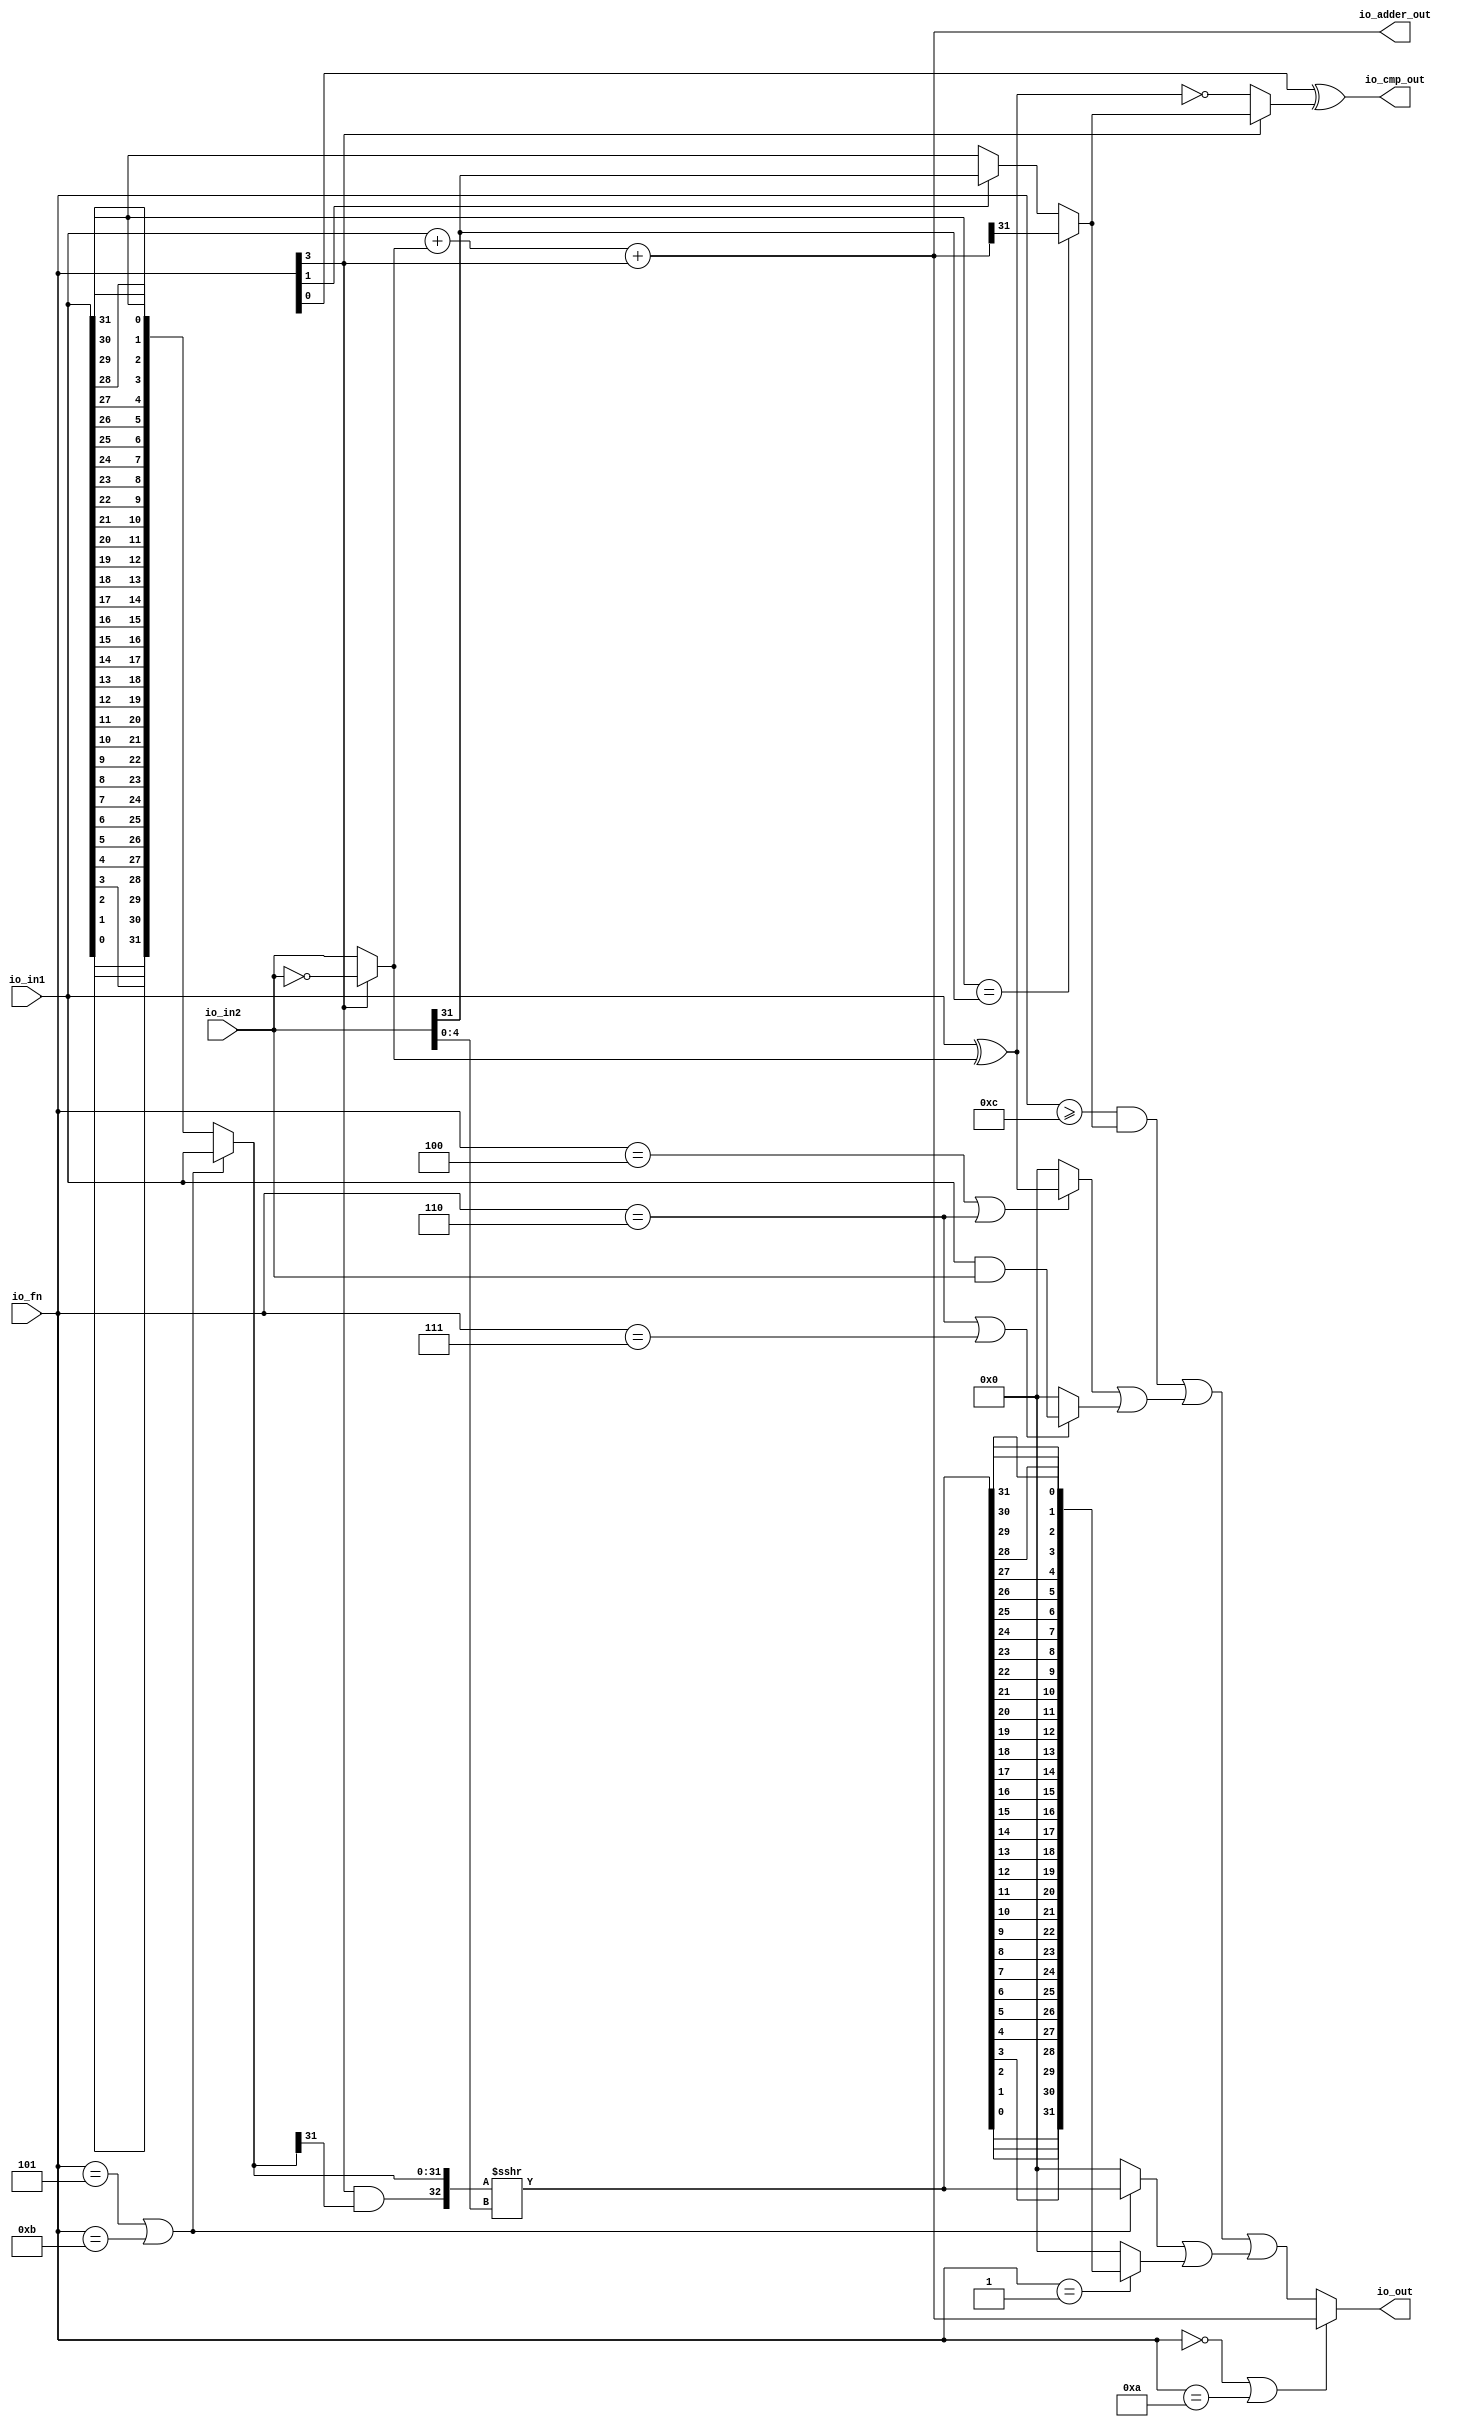
module ALU( 
  input  [3:0]  io_fn, 
  input  [31:0] io_in2,
  input  [31:0] io_in1,
  output [31:0] io_out,
  output [31:0] io_adder_out,
  output        io_cmp_out
);

`define FN_ADD  	0
`define FN_SL   	1
`define FN_SEQ  	2
`define FN_SNE  	3
`define FN_XOR  	4
`define FN_SR   	5
`define FN_OR   	6
`define FN_AND  	7
`define FN_SUB  	10
`define FN_SRA  	11
`define FN_SLT  	12
`define FN_SGE  	13
`define FN_SLTU 	14
`define FN_SGEU 	15

`define FN_DIV  	FN_XOR
`define FN_DIVU 	FN_SR
`define FN_REM  	FN_OR
`define FN_REMU 	FN_AND

`define FN_MUL    	FN_ADD
`define FN_MULH   	FN_SL
`define FN_MULHSU 	FN_SEQ
`define FN_MULHU  	FN_SNE

wire isSub = io_fn[3];
wire isCmp = io_fn >= `FN_SLT;
wire cmpUnsigned = io_fn[1];
wire cmpInverted = io_fn[0];
wire cmpEq = !io_fn[3];

// ADD, SUB
wire [31:0] in2_inv = (isSub) ? ~io_in2 : io_in2;
wire [31:0] adder_temp = io_in1 + in2_inv;
assign io_adder_out = adder_temp + {31'h00, isSub};

// SLT, SLTU
wire slt = (io_in1[31] == io_in2[31]) ? io_adder_out[31]
	: (cmpUnsigned) ? io_in2[31]
	: io_in1[31];
wire [31:0] in1_xor_in2 = io_in1 ^ in2_inv;
wire cmp_temp = (cmpEq) ? (in1_xor_in2 == 32'h00) : slt;
assign io_cmp_out = cmpInverted ^ cmp_temp;

// SLL, SRL, SRA
wire [4:0] shamt = io_in2[4:0];

function [31:0] reverse;
	input [31:0] in;
	reg [31:0] out;
	integer i;
	begin
		for (i = 0; i < 32; i = i + 1) begin
			out[31 - i] = in[i];
		end
	reverse = out;
	end
endfunction

wire [31:0] io_in1_rev = reverse(io_in1);
wire [31:0] shin = (io_fn == `FN_SR | io_fn == `FN_SRA) ? io_in1 : io_in1_rev;
wire [32:0] shin_cat = {isSub & shin[31], shin};
wire [32:0] shin_cat_sign = $signed(shin_cat);
wire [32:0] shin_cat_shift = $signed(shin_cat_sign) >>> shamt;
wire [31:0] shout_r = shin_cat_shift[31:0];
wire [31:0] shout_l = reverse(shout_r);
wire [31:0] shout_temp1 = (io_fn == `FN_SR | io_fn == `FN_SRA) ? shout_r : 32'h00;
wire [31:0] shout_temp2 = (io_fn == `FN_SL) ? shout_l : 32'h00;
wire [31:0] shout = shout_temp1 | shout_temp2;

// AND, OR, XOR
wire [31:0] logic_ = ((io_fn == `FN_XOR | io_fn == `FN_OR) ? in1_xor_in2 : 0) | ((io_fn == `FN_OR || io_fn == `FN_AND) ? (io_in1 & io_in2) : 0);
wire [31:0] shift_logic = {31'h00, (isCmp && slt)} | logic_ | shout;
wire [31:0] io_out = (io_fn == `FN_ADD | io_fn == `FN_SUB) ? io_adder_out : shift_logic; 

endmodule